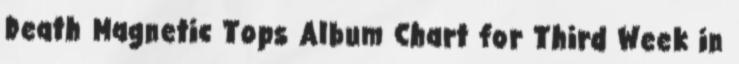
Death Magnetic Tops Album Chart for Third Week in